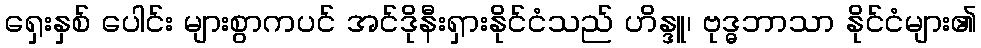
ရှေးနှစ် ပေါင်း များစွာကပင် အင်ဒိုနီးရှားနိုင်ငံသည် ဟိန္ဒူ၊ ဗုဒ္ဓဘာသာ နိုင်ငံများ၏